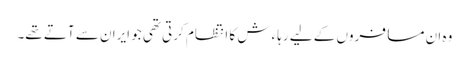
وہ ان مسافروں کے لیے رہاءش کا انتظام کرتی تھی جو ایران سے آتے تھے۔